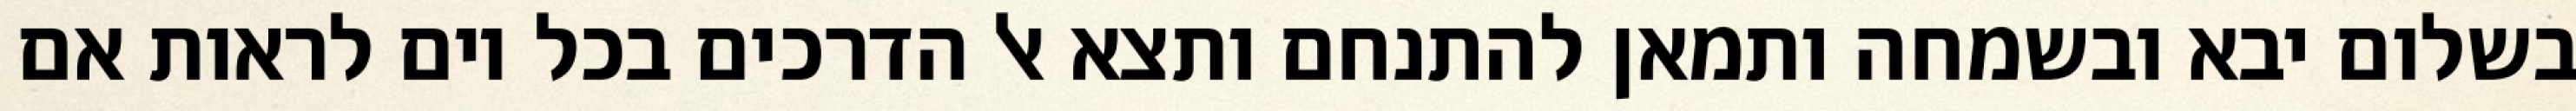
בשלום יבא ובשמחה ותמאן להתנחם ותצא אל הדרכים בכל יום לראות אם